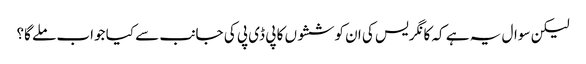
لیکن سوال یہ ہے کہ کانگریس کی ان کوششوں کا پی ڈی پی کی جانب سے کیا جواب ملے گا؟